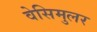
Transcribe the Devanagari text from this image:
वेसिमुलर